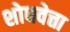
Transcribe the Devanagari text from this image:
शोधवेत्ता